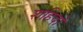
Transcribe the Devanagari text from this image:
शहिदो